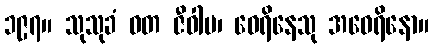
၁၉၇။ သုသုခံ ဝတ ဇီဝါမ၊ ဝေရိနေသု အဝေရိနော။